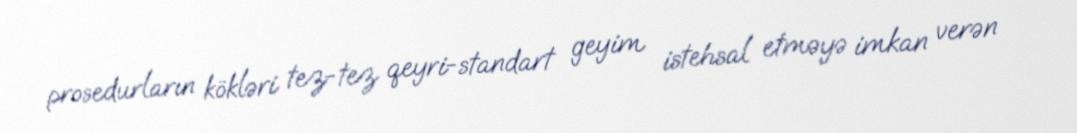
prosedurların kökləri tez-tez qeyri-standart geyim istehsal etməyə imkan verən